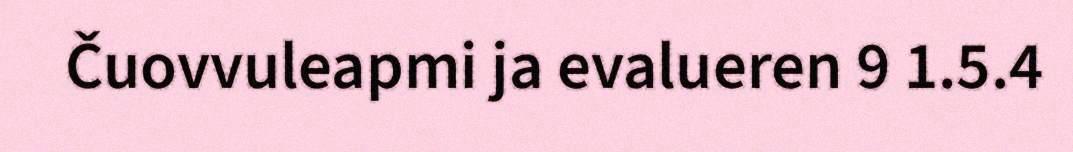
Čuovvuleapmi ja evalueren 9 1.5.4